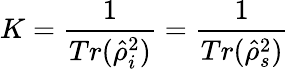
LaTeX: K=\frac{1}{Tr(\hat{\rho}_{i}^{2})}=\frac{1}{Tr(\hat{\rho}_{s}^{2})}